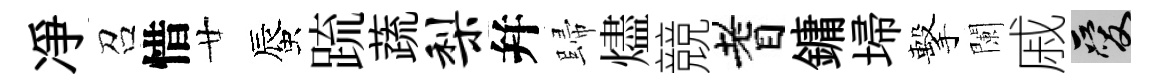
凈召惜廿蜃䟽蔬梨幷歸燼競耆鏞埽擊闌戚爱